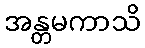
အန္တမကာသိ